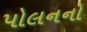
પોલનનો